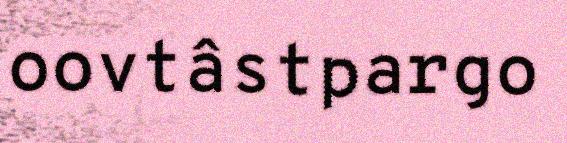
oovtâstpargo